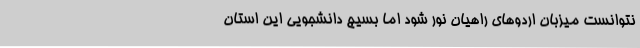
نتوانست میزبان اردوهای راهیان نور شود اما بسیج دانشجویی این استان